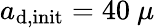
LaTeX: a_{\mathrm{d,init}}=40~\mu